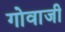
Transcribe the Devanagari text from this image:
गोवाजी